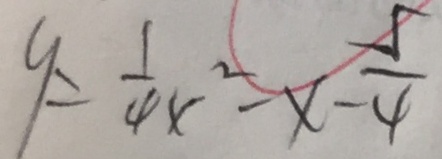
y = \frac { 1 } { 4 } x ^ { 2 } - x - \frac { 5 } { 4 }